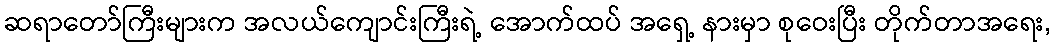
ဆရာတော်ကြီးများက အလယ်ကျောင်းကြီးရဲ့ အောက်ထပ် အရှေ့ နားမှာ စုဝေးပြီး တိုက်တာအရေး,